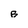
Character: B